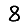
Digit: 8